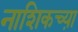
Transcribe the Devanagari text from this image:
नाशिकच्या़